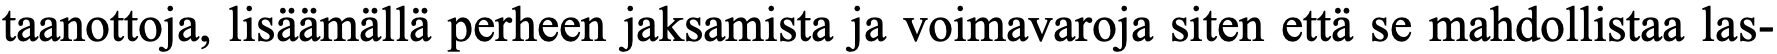
taanottoja, lisäämällä perheen jaksamista ja voimavaroja siten että se mahdollistaa las-